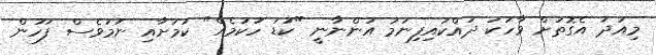
މިއަދު އެގޮތަށް ވާހަކަ ދައްކައިފިނަމަ އަންނާނީ "ކުޑަ ހުކުމެއް" ކަމަށާއި ނަމަވެސް ފަހުން